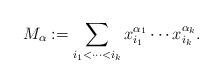
LaTeX: \begin{align*}M_{\alpha} := \sum_{i_1 < \cdots < i_k} x_{i_1}^{\alpha_1} \cdots x_{i_k}^{\alpha_k}.\end{align*}